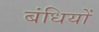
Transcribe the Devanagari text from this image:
बंधियों